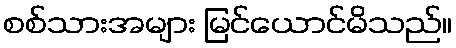
စစ်သားအများ မြင်ယောင်မိသည်။